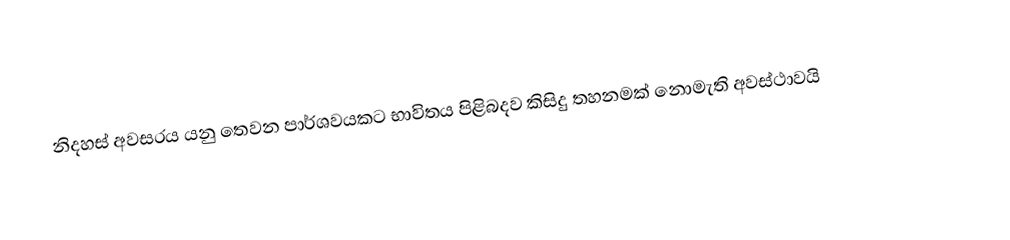
නිදහස් අවසරය යනු තෙවන පාර්ශවයකට භාවිතය පිළිබදව කිසිදු තහනමක් නොමැති අවස්ථාවයි